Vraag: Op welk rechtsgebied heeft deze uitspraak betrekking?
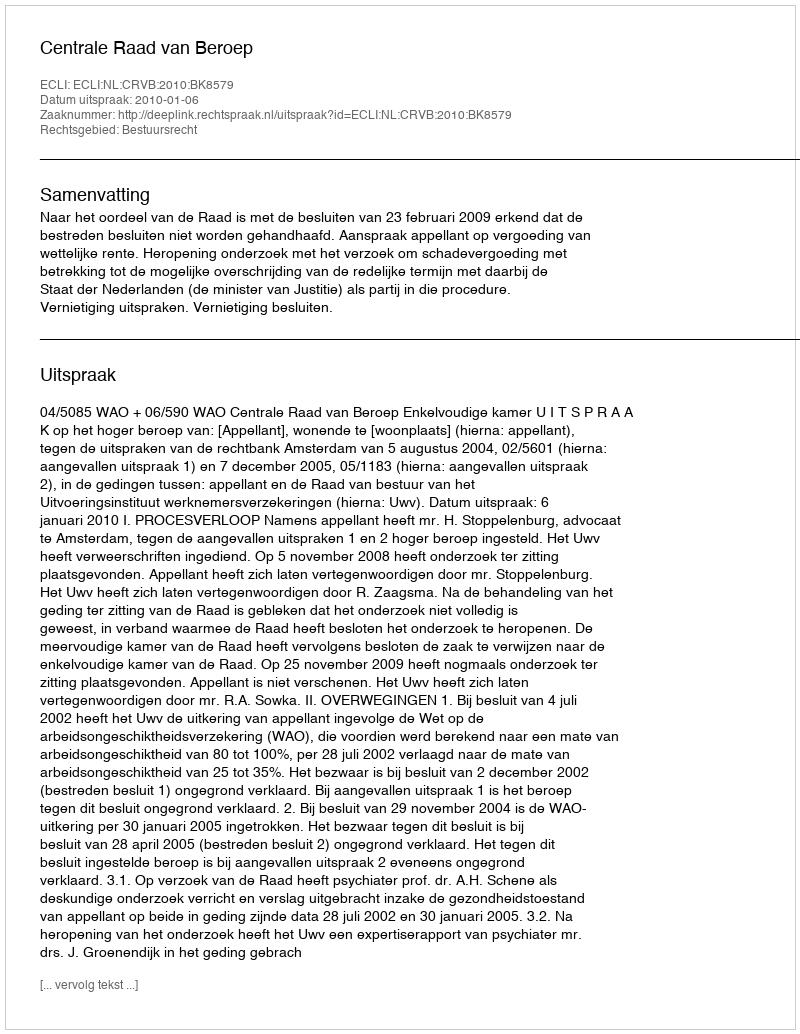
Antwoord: Bestuursrecht